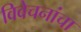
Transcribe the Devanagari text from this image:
विवेचनांचा